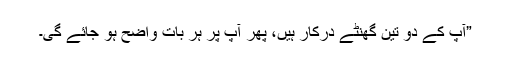
”آپ کے دو تین گھنٹے درکار ہیں، پھر آپ پر ہر بات واضح ہو جائے گی۔